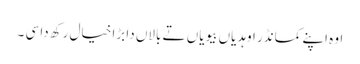
اوہ اپنے کمانڈر اوہدیاں بیویاں تے بالاں دا بڑا خیال رکھ دا سی ۔